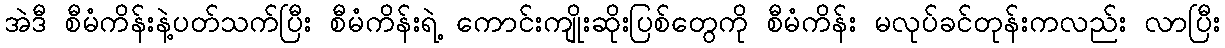
အဲဒီ စီမံကိန်းနဲ့ပတ်သက်ပြီး စီမံကိန်းရဲ့ ကောင်းကျိုးဆိုးပြစ်တွေကို စီမံကိန်း မလုပ်ခင်တုန်းကလည်း လာပြီး